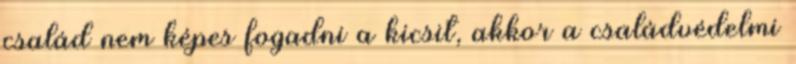
család nem képes fogadni a kicsit, akkor a családvédelmi